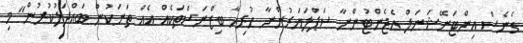
ގެނެސް އިންޓަނޭޝަނަލް އެޖެންޓުންނާ ސަޕްލަޔަރުންނާ ހުރިހާ ބިޒްނަސްތަކެއް އެއް ތަނަކުން ބައްދަލުކުރުން" މި